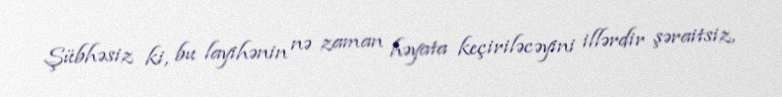
Şübhəsiz ki, bu layihənin nə zaman həyata keçiriləcəyini illərdir şəraitsiz,